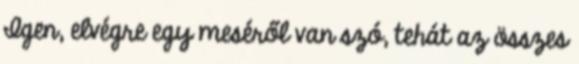
Igen, elvégre egy meséről van szó, tehát az összes